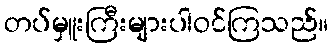
တပ်မှူးကြီးများပါဝင်ကြသည်။